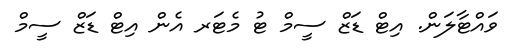
ވައްޓާލަން. އިޓް ޑަޒް ސީމް ޓު މެޓަރ އެން އިޓް ޑަޒް ސީމް